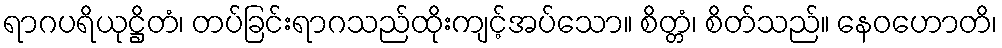
ရာဂပရိယုဋ္ဌိတံ၊ တပ်ခြင်းရာဂသည်ထိုးကျင့်အပ်သော။ စိတ္တံ၊ စိတ်သည်။ နေဝဟောတိ၊